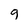
Character: g